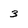
Character: 3